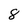
Character: 8